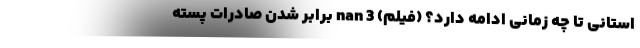
استانی تا چه زمانی ادامه دارد؟ (فیلم) nan 3 برابر شدن صادرات پسته